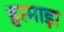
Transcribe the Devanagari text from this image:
हरमाड़ा